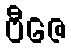
ဗီဇေ